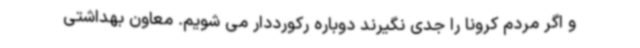
و اگر مردم کرونا را جدی نگیرند دوباره رکورددار می شویم. معاون بهداشتی